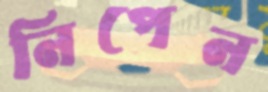
নিপেন